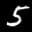
Label: 5